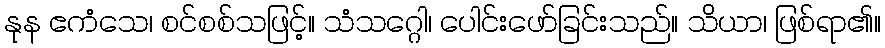
နုန ဧကံသေ၊ စင်စစ်သဖြင့်။ သံသဂ္ဂေါ၊ ပေါင်းဖော်ခြင်းသည်။ သိယာ၊ ဖြစ်ရာ၏။